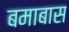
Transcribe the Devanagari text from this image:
बमाबास